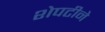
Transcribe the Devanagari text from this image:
शेपटीने